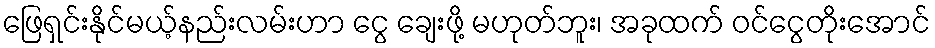
ဖြေရှင်းနိုင်မယ့်နည်းလမ်းဟာ ငွေ ချေးဖို့ မဟုတ်ဘူး၊ အခုထက် ဝင်ငွေတိုးအောင်